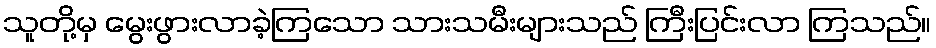
သူတို့မှ မွေးဖွားလာခဲ့ကြသော သားသမီးများသည် ကြီးပြင်းလာ ကြသည်။